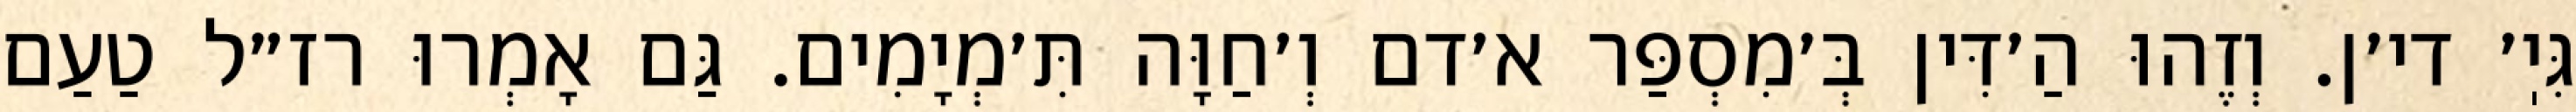
גִּיֽ׳ די׳ן. וְזֶהוּ הַ׳דִּין בְּ׳מִסְפַּר א׳דם וְ׳חַוָּה תִּ׳מְיָמִים. גַּם אָמְרוּ רז״ל טַעַם